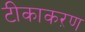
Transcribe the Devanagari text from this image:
टीकाकऱण